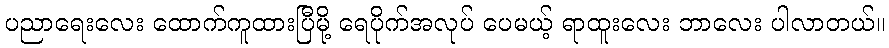
ပညာရေးလေး ထောက်ကူထားပြီမို့ ရေပိုက်အလုပ် ပေမယ့် ရာထူးလေး ဘာလေး ပါလာတယ်။